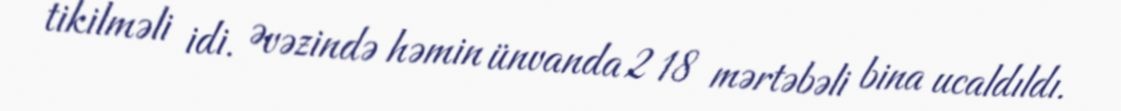
tikilməli idi. Əvəzində həmin ünvanda 2 18 mərtəbəli bina ucaldıldı.